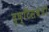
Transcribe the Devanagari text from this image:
दृष्टिसंबंधी